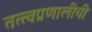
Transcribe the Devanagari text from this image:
तत्त्वप्रणालीची